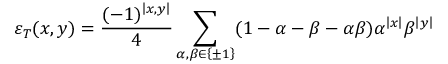
\varepsilon _ { T } ( x , y ) = \frac { ( - 1 ) ^ { \left| x , y \right| } } { 4 } \sum _ { \alpha , \beta \in \left\{ \pm 1 \right\} } ( 1 - \alpha - \beta - \alpha \beta ) \alpha ^ { \left| x \right| } \beta ^ { \left| y \right| }